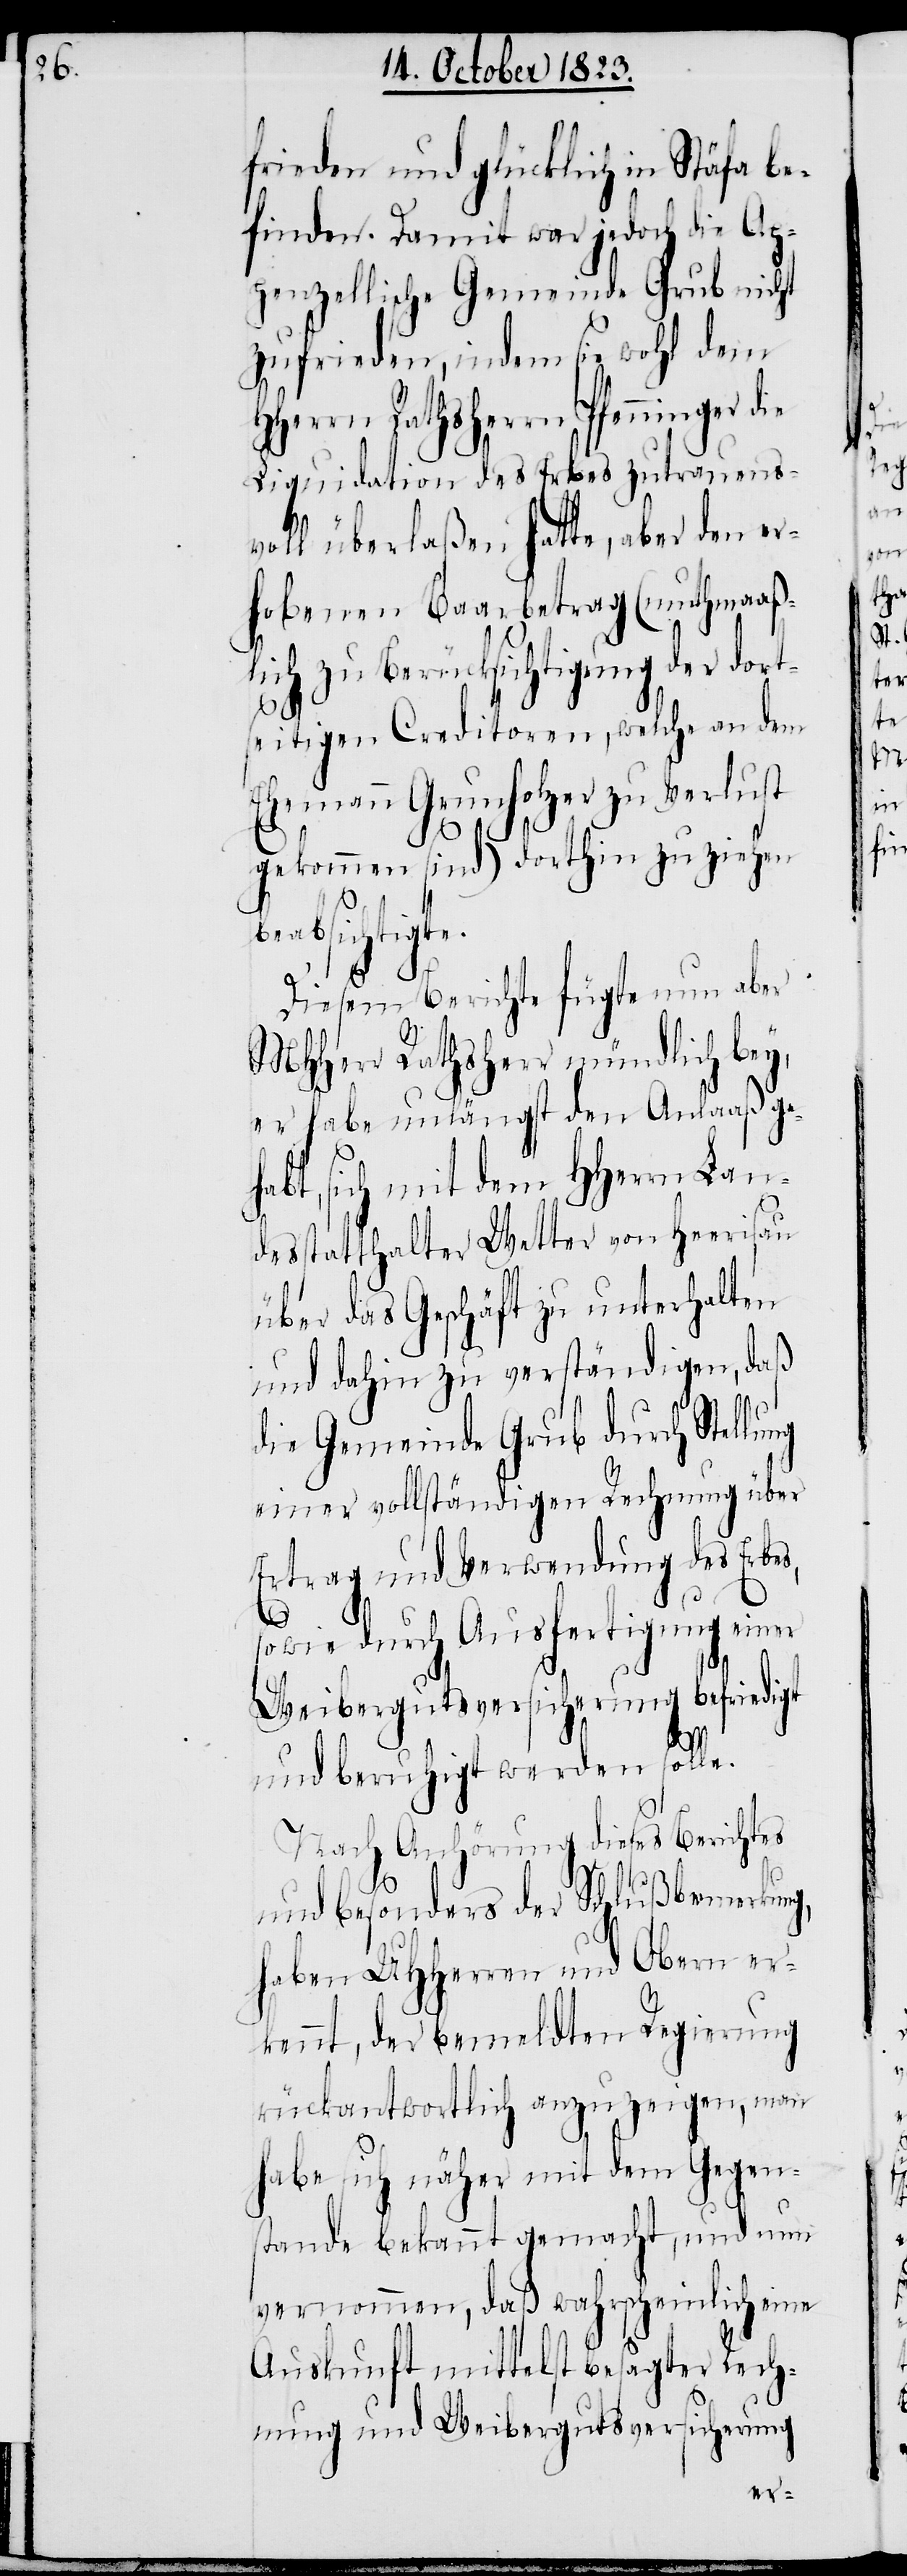
frieden und glücklich in Stäfa be¬
finden. Damit war jedoch die Ap¬
penzellische Gemeinde Grub nicht
zufrieden, indem sie wohl dem
Herrn Rathsherrn Pfenninger d¬
Liquidation des Erbes zutrauens¬
voll überlaßen hatte, aber den er¬
hobenen Baarbetrag (muthmaaß¬
lich zu Berücksichtigung der dor¬
seitigen Creditoren, welche an dem
Ehemann Grunholzer zu Verlust
gekommen sind) dorthin zu ziehen
beabsichtigte.
s,
Diesem Berichte fügte nun aber
ie
MHHerr Rathsherr mündlich bey,
er habe unlängst den Anlaaß geh¬
abt, sich mit dem HHerrn Lan¬
desstatthalter Wetter von Heerisau
über das Geschäft zu unterhalten
und dahin zu verständigen, daß
die Gemeinde Grub durch Stellung
einer vollständigen Rechnung über
Ertrag und Verwendung des Erbe¬
sowie durch Ausfertigung einer
Weibergutsversicherung befriedigt
und beruhigt werden solle.
Nach Anhörung dieses Berichtes
und besonders der Schlußbemerkung,
haben UHHerren und Obern er¬
kennt, der bemeldten Regierung
rückantwortlich anzuzeigen, man
habe sich näher mit dem Gegen¬
stande bekannt gemacht, und nun
vernommen, daß wahrscheinlich eine
Auskunft mittelst besagter Rech¬
nung und Weibergutsversicherung